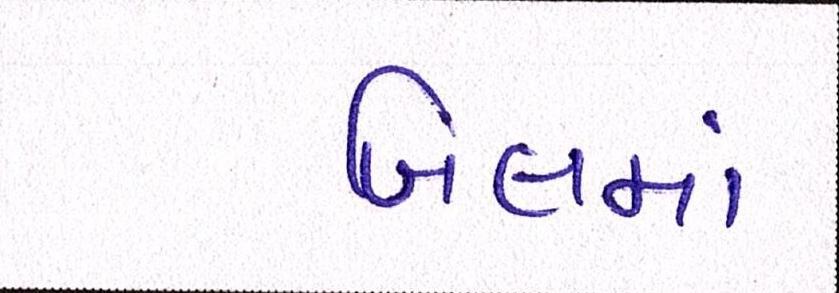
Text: બિલમાં